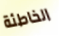
الخاطئة